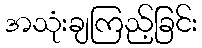
အသုံးချကြည့်ခြင်း